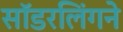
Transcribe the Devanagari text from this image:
सॉडरलिंगने